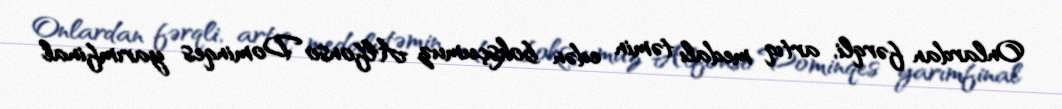
Onlardan fərqli, artıq medalı təmin edən boksçumuz Alfonso Dominqes yarımfinal